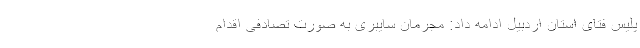
پلیس فتای استان اردبیل ادامه داد: مجرمان سایبری به‌ صورت تصادفی اقدام